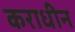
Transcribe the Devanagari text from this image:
कराधीन